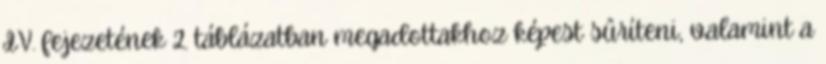
IV. fejezetének 2. táblázatban megadottakhoz képest sûríteni, valamint a